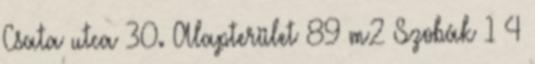
Csata utca 30. Alapterület 89 m2 Szobák 1 4